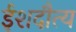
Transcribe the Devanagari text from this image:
ईशदौत्य